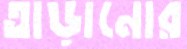
তাড়ানোর